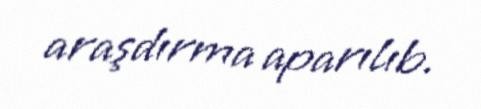
araşdırma aparılıb.